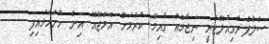
ސެލްފް-ރެގިއުލޭޓަރީ ނިޒާމެއް ގާއިމް ކުރުމަށް އެމްޖޭއޭ އިން ހުށަހަޅައިފި